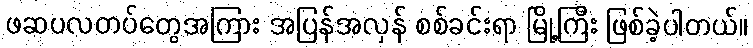
ဖဆပလတပ်တွေအကြား အပြန်အလှန် စစ်ခင်းရာ မြို့ကြီး ဖြစ်ခဲ့ပါတယ်။